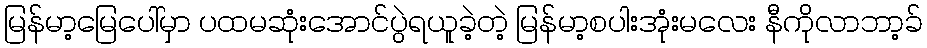
မြန်မာ့မြေပေါ်မှာ ပထမဆုံးအောင်ပွဲရယူခဲ့တဲ့ မြန်မာ့စပါးအုံးမလေး နီကိုလာဘာ့ခ်